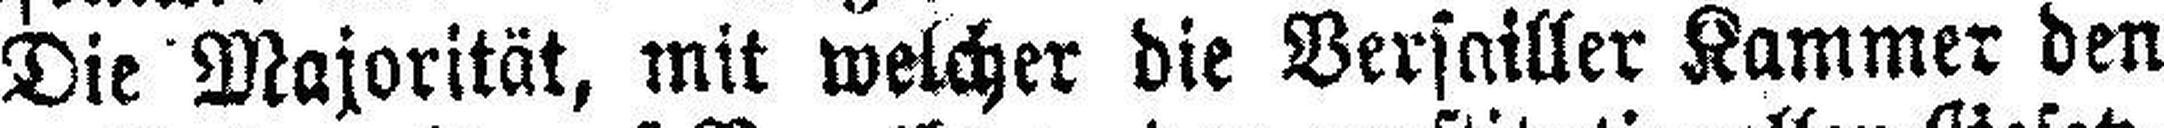
Die Majorität, mit welcher die Versailler Kammer den